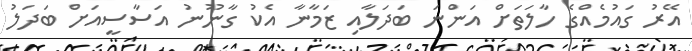
އޭރު ގައުމެއްގެ ހާލަތަށް އަންނަ ބަދަލާއި ޒަމާނާ އެކު ގާނޫނު އަސާސީއަށް ބަދަލު